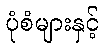
ပုံစံများနှင့်